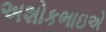
અશોકભાઇએ